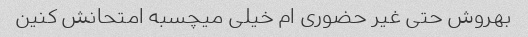
بهروش حتی غیر حضوری ام خیلی میچسبه امتحانش کنین